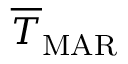
\overline { { T } } _ { \mathrm { M A R } }